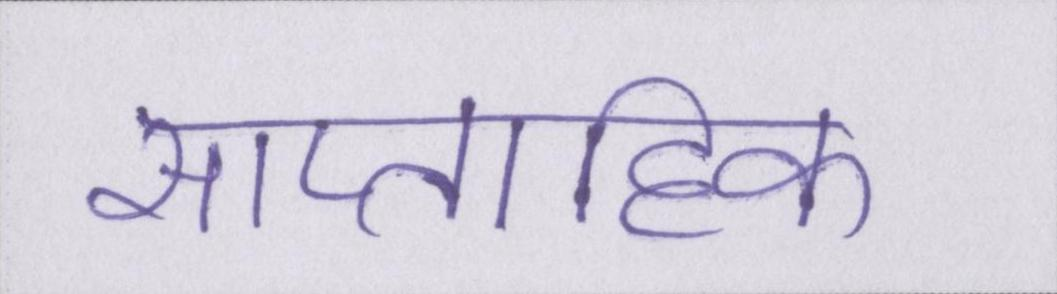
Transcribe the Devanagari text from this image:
साप्ताहिक